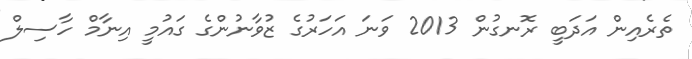
ތެރެއިން އަދަބީ ރޮނގުން 2013 ވަނަ އަހަރުގެ ޒުވާނުންގެ ގައުމީ އިނާމް ހާސިލް